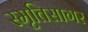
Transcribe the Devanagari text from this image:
स्मृतिसागर